Medical and sanitary report of the native army of Bengal for the year
Year: 1876
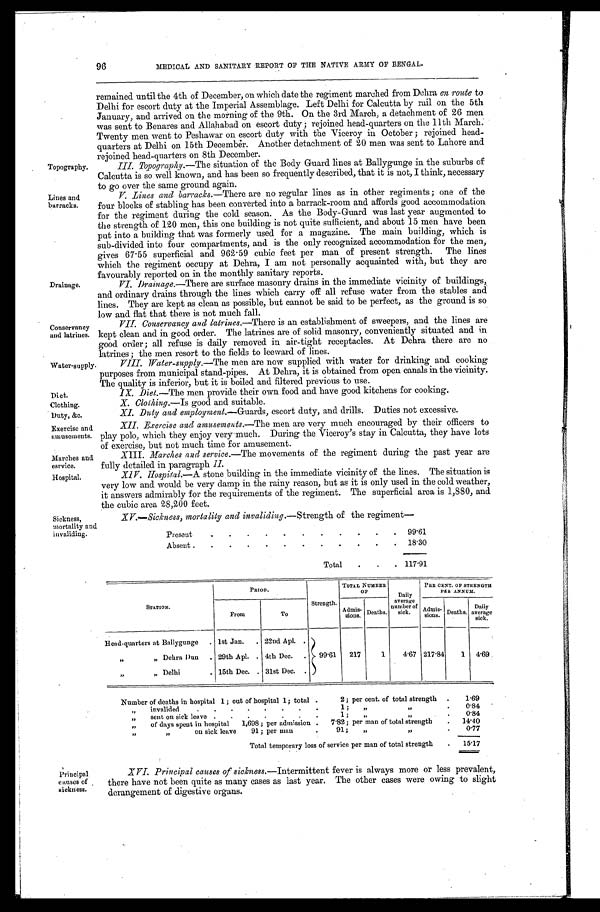
96
MEDICAL AND SANITARY REPORT OF THE NATIVE ARMY OF BENGAL
remained until the 4th of December, on which date the regiment marched from Dehra en route to
Delhi for escort duty at the Imperial Assemblage. Left Delhi for Calcutta by rail on the 5th
January, and arrived on the morning of the 9th. On the 3rd March, a detachment of 26 men
was sent to Benares and Allahabad on escort duty; rejoined head-quarters on the 11th March.
Twenty men went to Peshawar on escort duty with the Viceroy in October; rejoined head
- q u a r t e r s a t D e l h i o n 1 5 t h D e c e m b e r . A n o t h e r d e t a c h m e n t o f 2 0 m e n w a s s e n t t o L a h o r e a n d
rejoined head-quarters on 8th December.
Topography.III.
Topography.—The situation of the Body Guard lines at Ballygunge in the suburbs of
Calcutta is so well known, and has been so frequently described, that it is not, I think, necessary
to go over the same ground again.
V. Lines and barracks.—There are no regular lines as in other regiments; one of the
four blocks of stabling has been converted into a barrack-room and affords good accommodation
for the regiment during the cold season. As the Body-Guard was last year augmented to
the strength of 120 men, this one building is not quite sufficient, and about 15 men have been
put into a building that was formerly used for a magazine. The main building, which is
sub-divided into four compartments, and is the only recognized accommodation for the men,
gives 67.55 superficial and 962.59 cubic feet per man of present strength. The lines
which the regiment occupy at Dehra, I am not personally acquainted with, but they are
favourably reported on in the monthly sanitary reports.
Drainage. VI . Dr a i n a g e . —T h e r e
a r e s u r f a c e m a s o n r y d r a i n s i n t h e i m m e d i a t e v i c i n i t y o f b u i l d i n g s ,
and ordinary drains through the lines which carry off all refuse water from the stables and
lines. They are kept as clean as possible, but cannot be said to be perfect, as the ground is so
low and flat that there is not much fall.
VII. Conservancy and latrines.— Therei s a n e s t a b l i s h m e n t o f s w e e p e r s , a n d t h e l i n e s a r e
kept clean and in good order. The latrines are of solid masonry, conveniently situated and in
good order; all refuse is daily removed in air-tight receptacles. At Dehra there are no
latrines; the men resort to the fields to leeward of lines.
Water-supply. VI I I . Wa t e r - s u p p l y . —T h e m e n a r e n o w s u p p l i e d w i t h w a t e r f o r d r i n k i n g a n d c o o k i n g
purposes from municipal stand-pipes. At Dehra, it is obtained from open canals in the vicinity.
The quality is inferior, but it is boiled and filtered previous to use.
Diet.
IX. Diet.—The men provide their own food and have good kitchens for cooking.
Clothing.
X. Clothing.—Is good and suitable.
Duty, &c.
XI. Duty and employment.— G u a r d s ,
e s c o r t d u t y , a n d d r i l l s . D u t i e s n o t e x c e s s i v e .
Exercise and
XII. _Exercise and amusements.—The men are very much encouraged by their officers to
amusements. play polo, which they enjoy very-much. During the Viceroy's stay in Calcutta, they have lots
of exercise, but not much time for amusement.
Marches and X1II. Marches and service.—The movements of the regiment during the past year are
esrvice.fully detailed in paragraph II.
Hospital. XI V. Hos pi t a l . —A s t o n e b u i l d i n g i n t h e i m m e d i a t e v i c i n i t y o f t h e l i n e s . T h e s i t u a t i o n i s
very low and would be very damp in the rainy reason, but as it is only used in the cold weather,
it answers admirably for the requirements of the regiment. The superficial area is 1,880, and
the cubic area 28,200 feet.
Lines and
barracks.
Conservancy and latrines.
Sickness, mortality and
invaliding.
XV.—Sickness, mortality and invaliding,—Strength of the regiment
Present
99.61
Absent .
1 8 . 3 0
Total.
117.91
PRIOD.
TOTAL NUMBER
OF
Dai l y
average
number of
sick.
PER CENT. OF STRENGTH
ER ANNUM.
STATION.
From
To
Strength. Ad sions. Deaths. k. Admi s-
sions Deaths.
Daily
average sick.
Head-quarters at Ballygunge. 1st Jan. 22nd Apl.
„ „ Dehra Dun. 29th Apl.. 4th Dec.. 99.61 217 1 4.67 217.. 8 4 1 4. 69
„ Delhi. 15th Dec. 31st Dec.
Number of deaths in hospital 1; out of hospital 1; total . 2; per cent. of total strength .1.69
„ invalided
. 1 ; „
„
0.84 '
„sent on sick leave
1;,,
„
0.84
„of days spent in hospital 1,698; per admission .7.82; per man of total strength .14.40
„ on sick leave 91; per man
91; „
,,
.0.77
Total temporary loss of service per man of total strength 15.17
Principal
causes of,
sickness.
XVI. Principal causes of sickness.—Intermittent fever is always more or less prevalent,
there have not been quite as many cases as last year. The other cases were owing to slight
derangement of digestive organs.